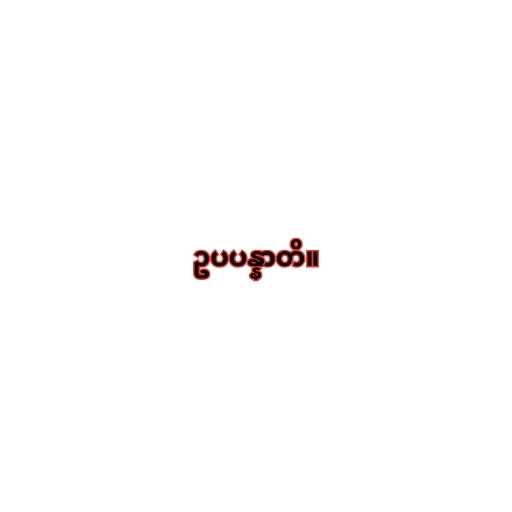
ဥပပန္နာတိ။